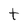
Character: t